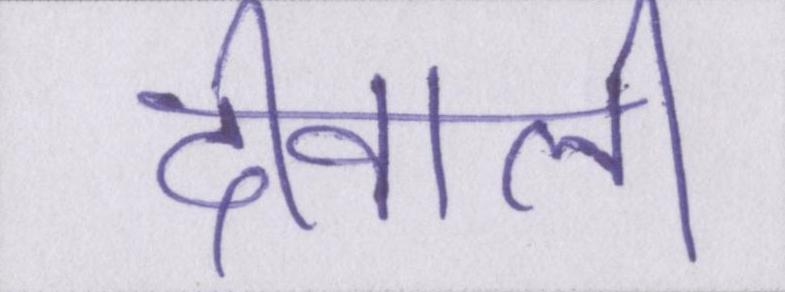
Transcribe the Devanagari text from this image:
दीवाली